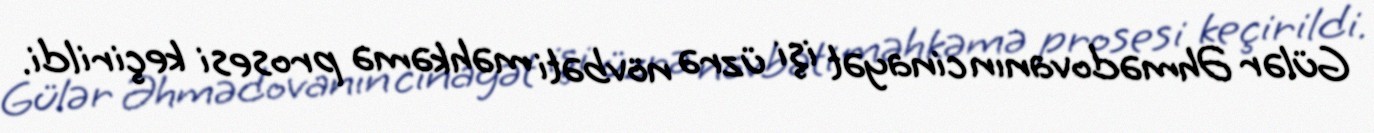
Gülər Əhmədovanın cinayət işi üzrə növbəti məhkəmə prosesi keçirildi.